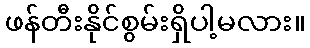
ဖန်တီးနိုင်စွမ်းရှိပါ့မလား။